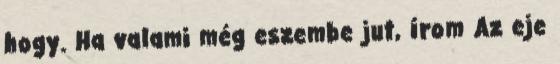
hogy. Ha valami még eszembe jut, írom Az eje